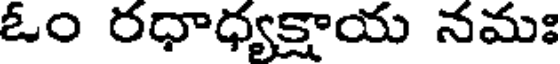
ఓం రధాధ్యక్షాయ నమః